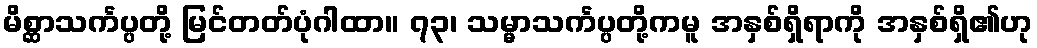
မိစ္ဆာသင်္ကပ္ပတို့ မြင်တတ်ပုံဂါထာ။ ၇၃၊ သမ္မာသင်္ကပ္ပတို့ကမူ အနှစ်ရှိရာကို အနှစ်ရှိ၏ဟု